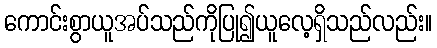
ကောင်းစွာယူအပ်သည်ကိုပြု၍ယူလေ့ရှိသည်လည်း။